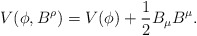
\begin{align*}V(\phi,B^{\rho})=V(\phi)+\frac{1}{2}B_{\mu}B^{\mu} .\end{align*}